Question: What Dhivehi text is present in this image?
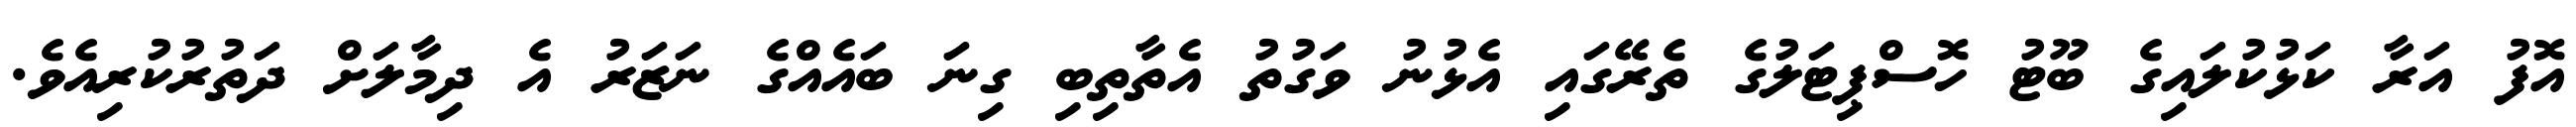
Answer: އޮފު އަރާ ކަޅުކުލައިގެ ބޫޓު ހޮސްޕިޓަލުގެ ތެރޭގައި އެޅުނު ވަގުތު އެތާތިބި ގިނަ ބައެއްގެ ނަޒަރު އެ ދިމާލަށް ދަތުރުކުރިއެވެ.